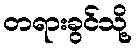
တရားခွင်သို့